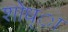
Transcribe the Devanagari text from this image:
शोध्ा